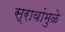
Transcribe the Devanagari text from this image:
स्रावांमुळे